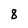
Character: 8